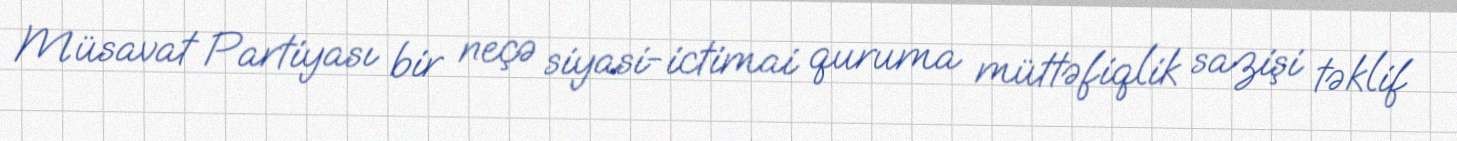
Müsavat Partiyası bir neçə siyasi-ictimai quruma müttəfiqlik sazişi təklif